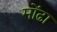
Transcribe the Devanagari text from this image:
मोंढा